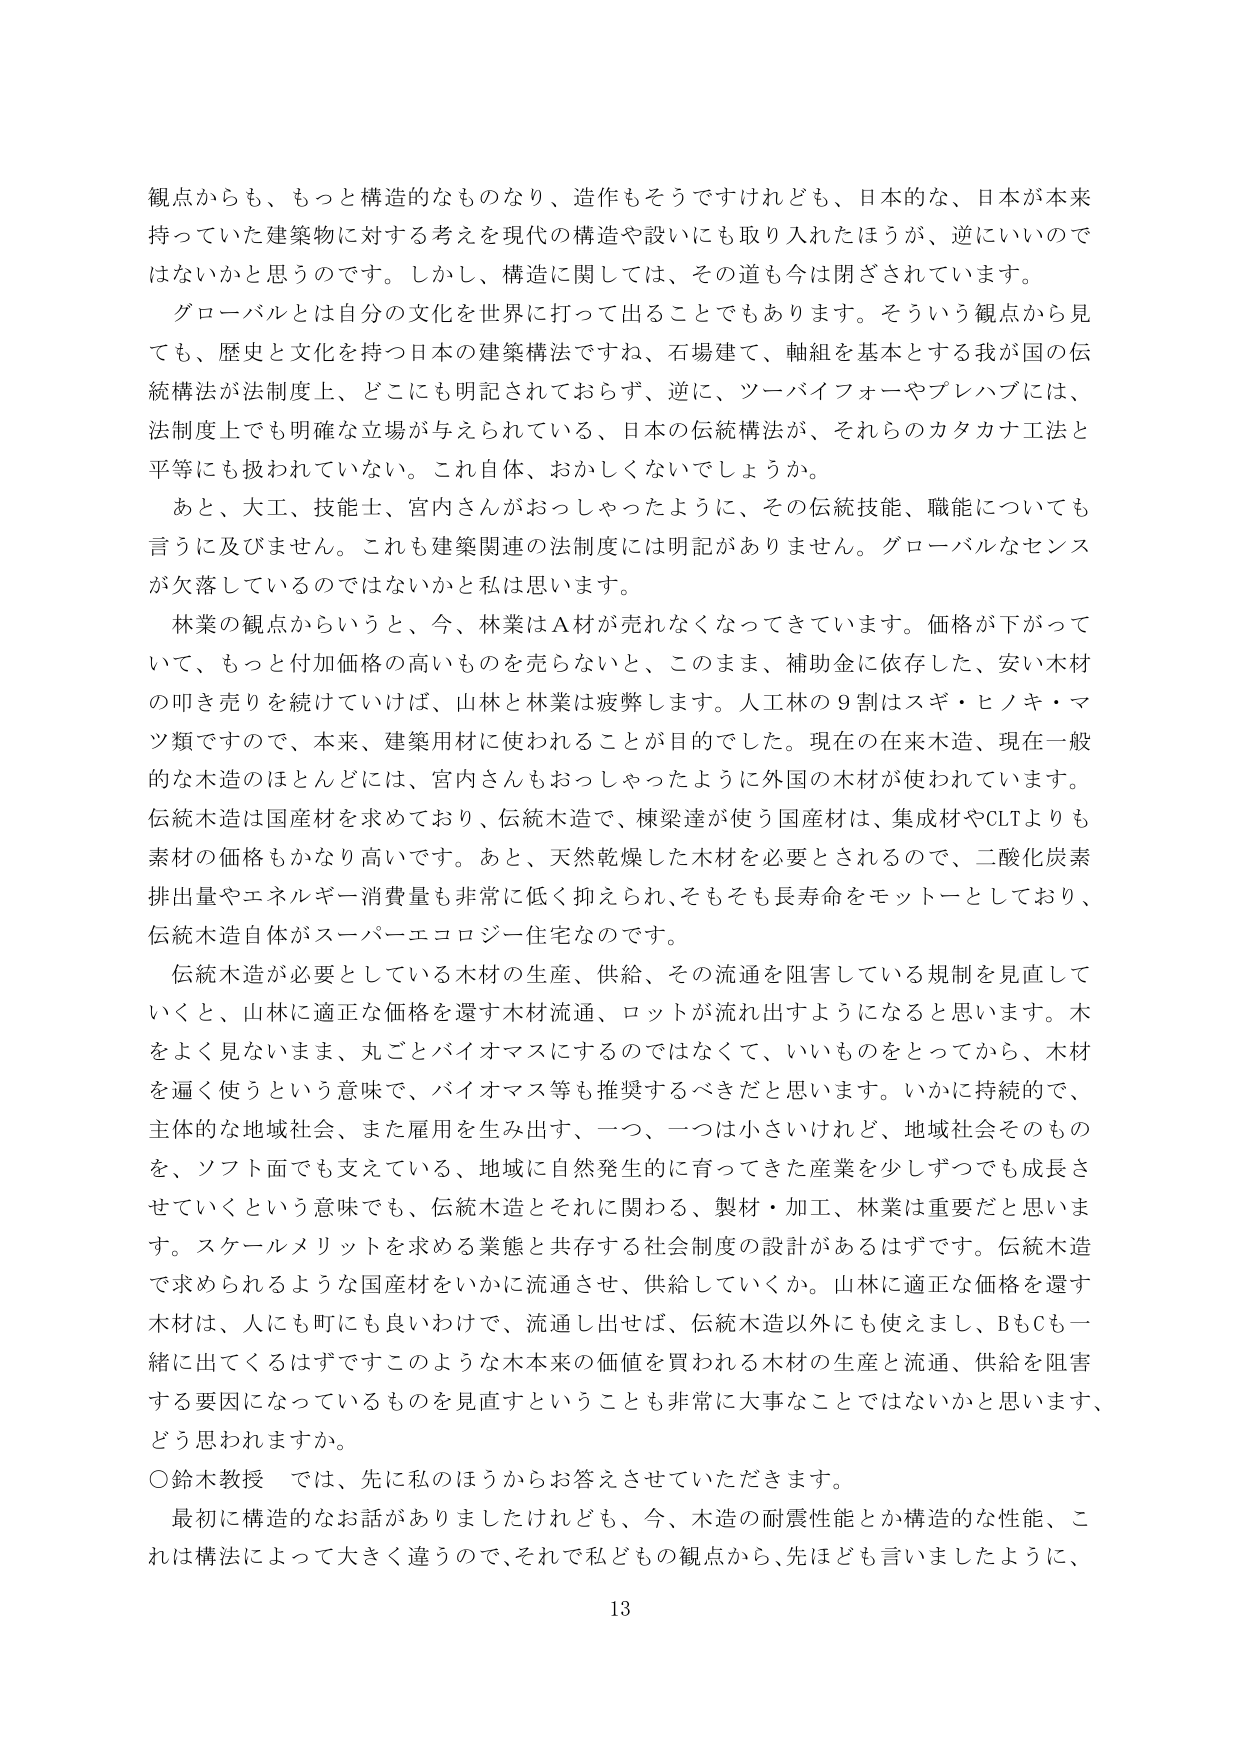
観点からも、もっと構造的なものなり、造作もそうですけれども、日本的な、日本が本来持っていた建築物に対する考えを現代の構造や設いにも取り入れたほうが、逆にいいのではないかと思うのです。しかし、構造に関しては、その道も今は閉ざされています。

グローバルとは自分の文化を世界に打って出ることでもあります。そういう観点から見ても、歴史と文化を持つ日本の建築構法ですね、石場建て、軸組を基本とする我が国の伝統構法が法制度上、どこにも明記されておらず、逆に、スーパイフォーやプレハブには、法制度上でも明確な立場が与えられている、日本の伝統構法が、それらのカタカナ工法と平等にも扱われていない。これ自体、おかしくないでしょうか。

あと、大工、技能士、宮内さんがおっしゃったように、その伝統技能、職能についても言うに及びません。これも建築関連の法制度には明記がありません。グローバルなセンスが欠落しているのではないかと私は思います。

林業の観点からいうと、今、林業はＡ材が売れなくなってきています。価格が下がっていて、もっと付加価格の高いものを売らないと、このまま、補助金に依存した、安い木材の叩き売りを続けていけば、山林と林業は疲弊します。人工林の９割はスギ・ヒノキ・マツ類ですので、本来、建築用材に使われることが目的でした。現在の在来木造、現在一般的な木造のほとんどには、宮内さんもおっしゃったように外国の木材が使われています。伝統木造は国産材を求めており、伝統木造で、棟梁達が使う国産材は、集成材やCLTよりも素材の価格もかなり高いです。あと、天然乾燥した木材を必要とされるので、二酸化炭素排出量やエネルギー消費量も非常に低く抑えられ、そもそも長寿命をモットーとしており、伝統木造自体がスーパーエコロジー住宅なのです。

伝統木造が必要としている木材の生産、供給、その流通を阻害している規制を見直していくと、山林に適正な価格を還す木材流通、ロットが流れ出すようになると思います。木をよく見ないまま、丸ごとバイオマスにするのではなくて、いいものをとってから、木材を逼く使うという意味で、バイオマス等も推奨するべきだと思います。いかに持続的で、主体的な地域社会、また雇用を生み出す、一つ、一つは小さいけれど、地域社会そのものを、ソフト面でも支えている、地域に自然発生的に育ってきた産業を少しずつでも成長させていくという意味でも、伝統木造とそれに関わる、製材・加工、林業は重要だと思います。スケールメリットを求める業態と共存する社会制度の設計があるはずです。伝統木造で求められるような国産材をいかに流通させ、供給していくか。山林に適正な価格を還す木材は、人にも町にも良いわけで、流通し出せば、伝統木造以外にも使えまし、BもCも一緒に出てくるはずですこのような木本来の価値を買われる木材の生産と流通、供給を阻害する要因になっているものを見直すということも非常に大事なことではないかと思います、どう思われますか。

○鈴木教授　では、先に私のほうからお答えさせていただきます。

最初に構造的なお話がありましたけれども、今、木造の耐震性能とか構造的な性能、これは構法によって大きく違うので、それで私どもの観点から、先ほども言いましたように、
13